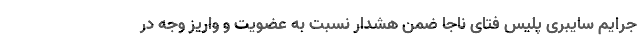
جرایم سایبری پلیس فتای ناجا ضمن هشدار نسبت به عضویت و واریز وجه در